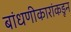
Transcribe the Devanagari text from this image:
बांधणीकारांकडून